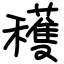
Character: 穫